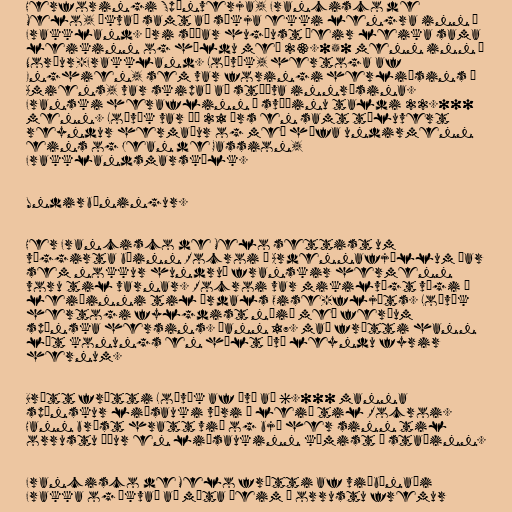
Herforingi Spánverja, Francisco de
Melo, ákvað samt að sækja ekki lengra inn í
Frakkland. Ári síðar hugðust þeir leika sama
leikinn og héldu með 23.050 menn inn í
Norður-Frakkland. Loðvík, hertoga af
Enghien, sem var foringi herliðsins í
Amiens, var skipað að stöðva innrásina.
Franski heraflinn á svæðinu taldi 22.000
menn. Loðvík var þá 21 árs en samt töluvert
reyndur hermaður og með hæfa undirmenn
eins og Jean de Gassion,
Frakklandsmarskálk.

Undirbúningur.

Her Francisco de Melo settist um
víggirta bæinn Rocroi í Ardennafjöllum þar
sem nokkur hundruð franskir hermenn
voru til varnar. Rocroi var mikilvægt vígi á
leiðinni til árdals Oise-fljóts. Loðvík
hertogi fylgdist náið með ferðum
spænska hersins. Þann 17. maí frétti hann
lát konungs en hélt því leyndu fyrir
hernum.

Brátt frétti Loðvík af því að 6.000 manna
spænskur liðsauki væri á leið til Rocroi.
Hann brást hratt við og bjó her sinn til
orrustu áður en liðsaukinn kæmist á staðinn.

Francisco de Melo frétti af viðbúnaði
Frakka og ákvað að mæta þeim í orrustu fremur